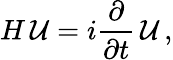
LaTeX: H\, {\cal U}=i{\frac{\partial}{\partial t}}\, {\cal U}\, ,